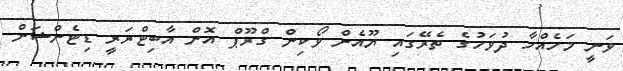
ވަނީ މަހެއްހާ ދުވަހުގެ ތެރޭގައި ޔޫއެން ވޯކިން ގްރޫޕް އޮން އާބިޓްރަރީ ޑިޓެންޝަން